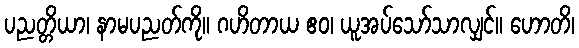
ပညတ္တိယာ၊ နာမပညတ်ကို။ ဂဟိတာယ ဧဝ၊ ယူအပ်သော်သာလျှင်။ ဟောတိ၊